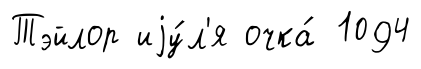
Тэйлор иjу́л'я очка́ 1094